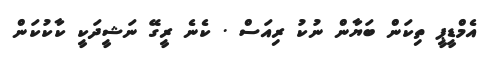
އެމްޑީޕީ ތިކަން ބަޔާން ނުކު ރިއަސް . ކެނެ ރީގޭ ނަޝީދަކީ ކާކުކަން